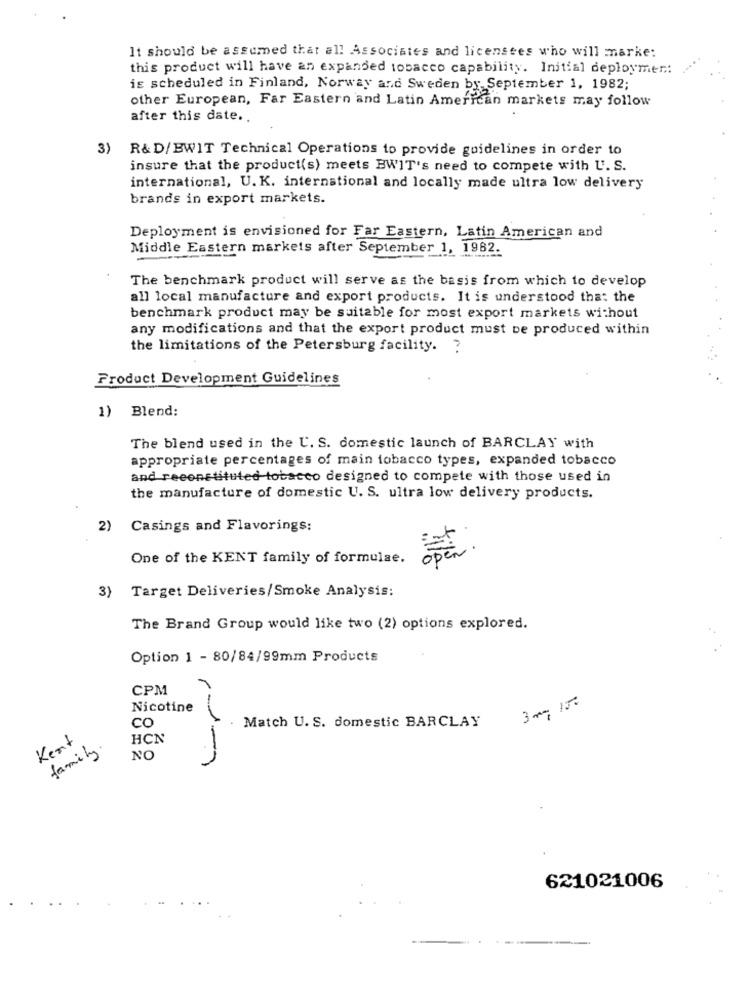
It should be assumed that all Associates and licensees who will marke:
this product will have an expanded tobacco capability. Initial deploymer .:
is scheduled in Finland, Norway and Sweden by September 1, 1982;
other European, Far Eastern and Latin American markets may follow
after this date ..
3) R&D/BWIT Technical Operations to provide guidelines in order to
insure that the product(s) meets BWIT's need to compete with U. S.
international, U.K. international and locally made ultra low delivery
brands in export markets.
Deployment is envisioned for Far Eastern, Latin American and
Middle Eastern markets after September 1, 1982.
The benchmark product will serve as the basis from which to develop
all local manufacture and export products. It is understood that the
benchmark product may be suitable for most export markets without
any modifications and that the export product must be produced within
the limitations of the Petersburg facility. ?
Product Development Guidelines
1) Blend:
The blend used in the U. S. domestic launch of BARCLAY with
appropriate percentages of main tobacco types, expanded tobacco
and reconstituted tobacco designed to compete with those used in
the manufacture of domestic U. S. ultra low delivery products.
2) Casings and Flavorings:
One of the KENT family of formulae.
open .
Target Deliveries/Smoke Analysis:
The Brand Group would like two (2) options explored.
Option 1 - 80/84/99mm Products
CPM
r
3 mg 150
Nicotine
CO
Match U. S. domestic BARCLAY
Kent
HCN
family.
NO
621021006
-
-